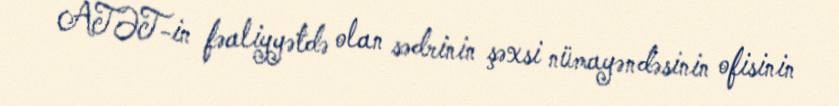
ATƏT-in fəaliyyətdə olan sədrinin şəxsi nümayəndəsinin ofisinin